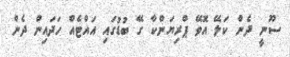
ސޫނީ ދެން ކަލޭ އޮވޭ ޕްރިޔަންކާ ގޭ ބުޑުގައި އައްޓެއް ހަދައިން ދެން